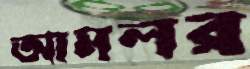
আমলর